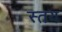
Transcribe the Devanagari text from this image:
स्तय